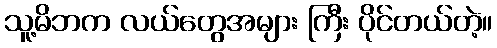
သူ့မိဘက လယ်တွေအများ ကြီး ပိုင်တယ်တဲ့။